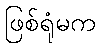
ဖြစ်ရုံမက